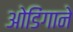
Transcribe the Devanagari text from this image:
ओडिंगाने